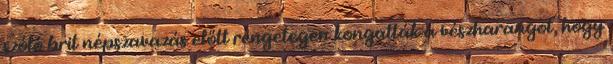
szóló brit népszavazás előtt rengetegen kongatták a vészharangot, hogy